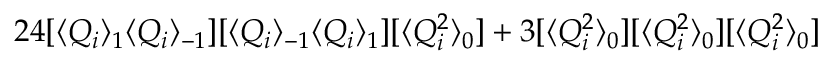
2 4 [ \langle Q _ { i } \rangle _ { 1 } \langle Q _ { i } \rangle _ { - 1 } ] [ \langle Q _ { i } \rangle _ { - 1 } \langle Q _ { i } \rangle _ { 1 } ] [ \langle Q _ { i } ^ { 2 } \rangle _ { 0 } ] + 3 [ \langle Q _ { i } ^ { 2 } \rangle _ { 0 } ] [ \langle Q _ { i } ^ { 2 } \rangle _ { 0 } ] [ \langle Q _ { i } ^ { 2 } \rangle _ { 0 } ]